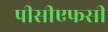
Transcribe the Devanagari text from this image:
पीसीएफसी